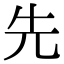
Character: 先